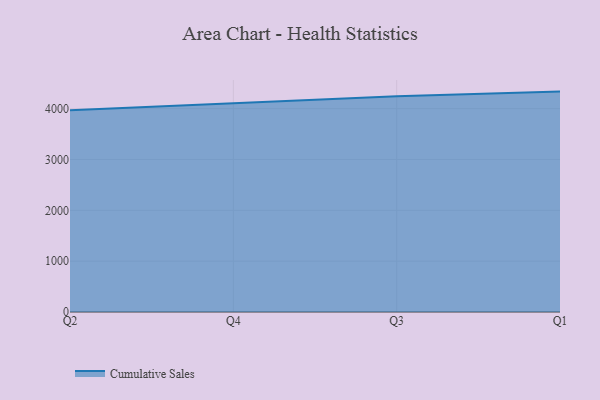
{"axis": {"x": "Quarter", "y": "Website Visitors"}, "legend": ["Cumulative Sales"], "data": [{"x": "Q2", "y": 3969.7, "type": "Cumulative Sales"}, {"x": "Q4", "y": 4107.1, "type": "Cumulative Sales"}, {"x": "Q3", "y": 4243.8, "type": "Cumulative Sales"}, {"x": "Q1", "y": 4335.2, "type": "Cumulative Sales"}]}